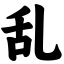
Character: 乱